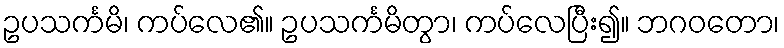
ဥပသင်္ကမိ၊ ကပ်လေ၏။ ဥပသင်္ကမိတွာ၊ ကပ်လေပြီး၍။ ဘဂဝတော၊